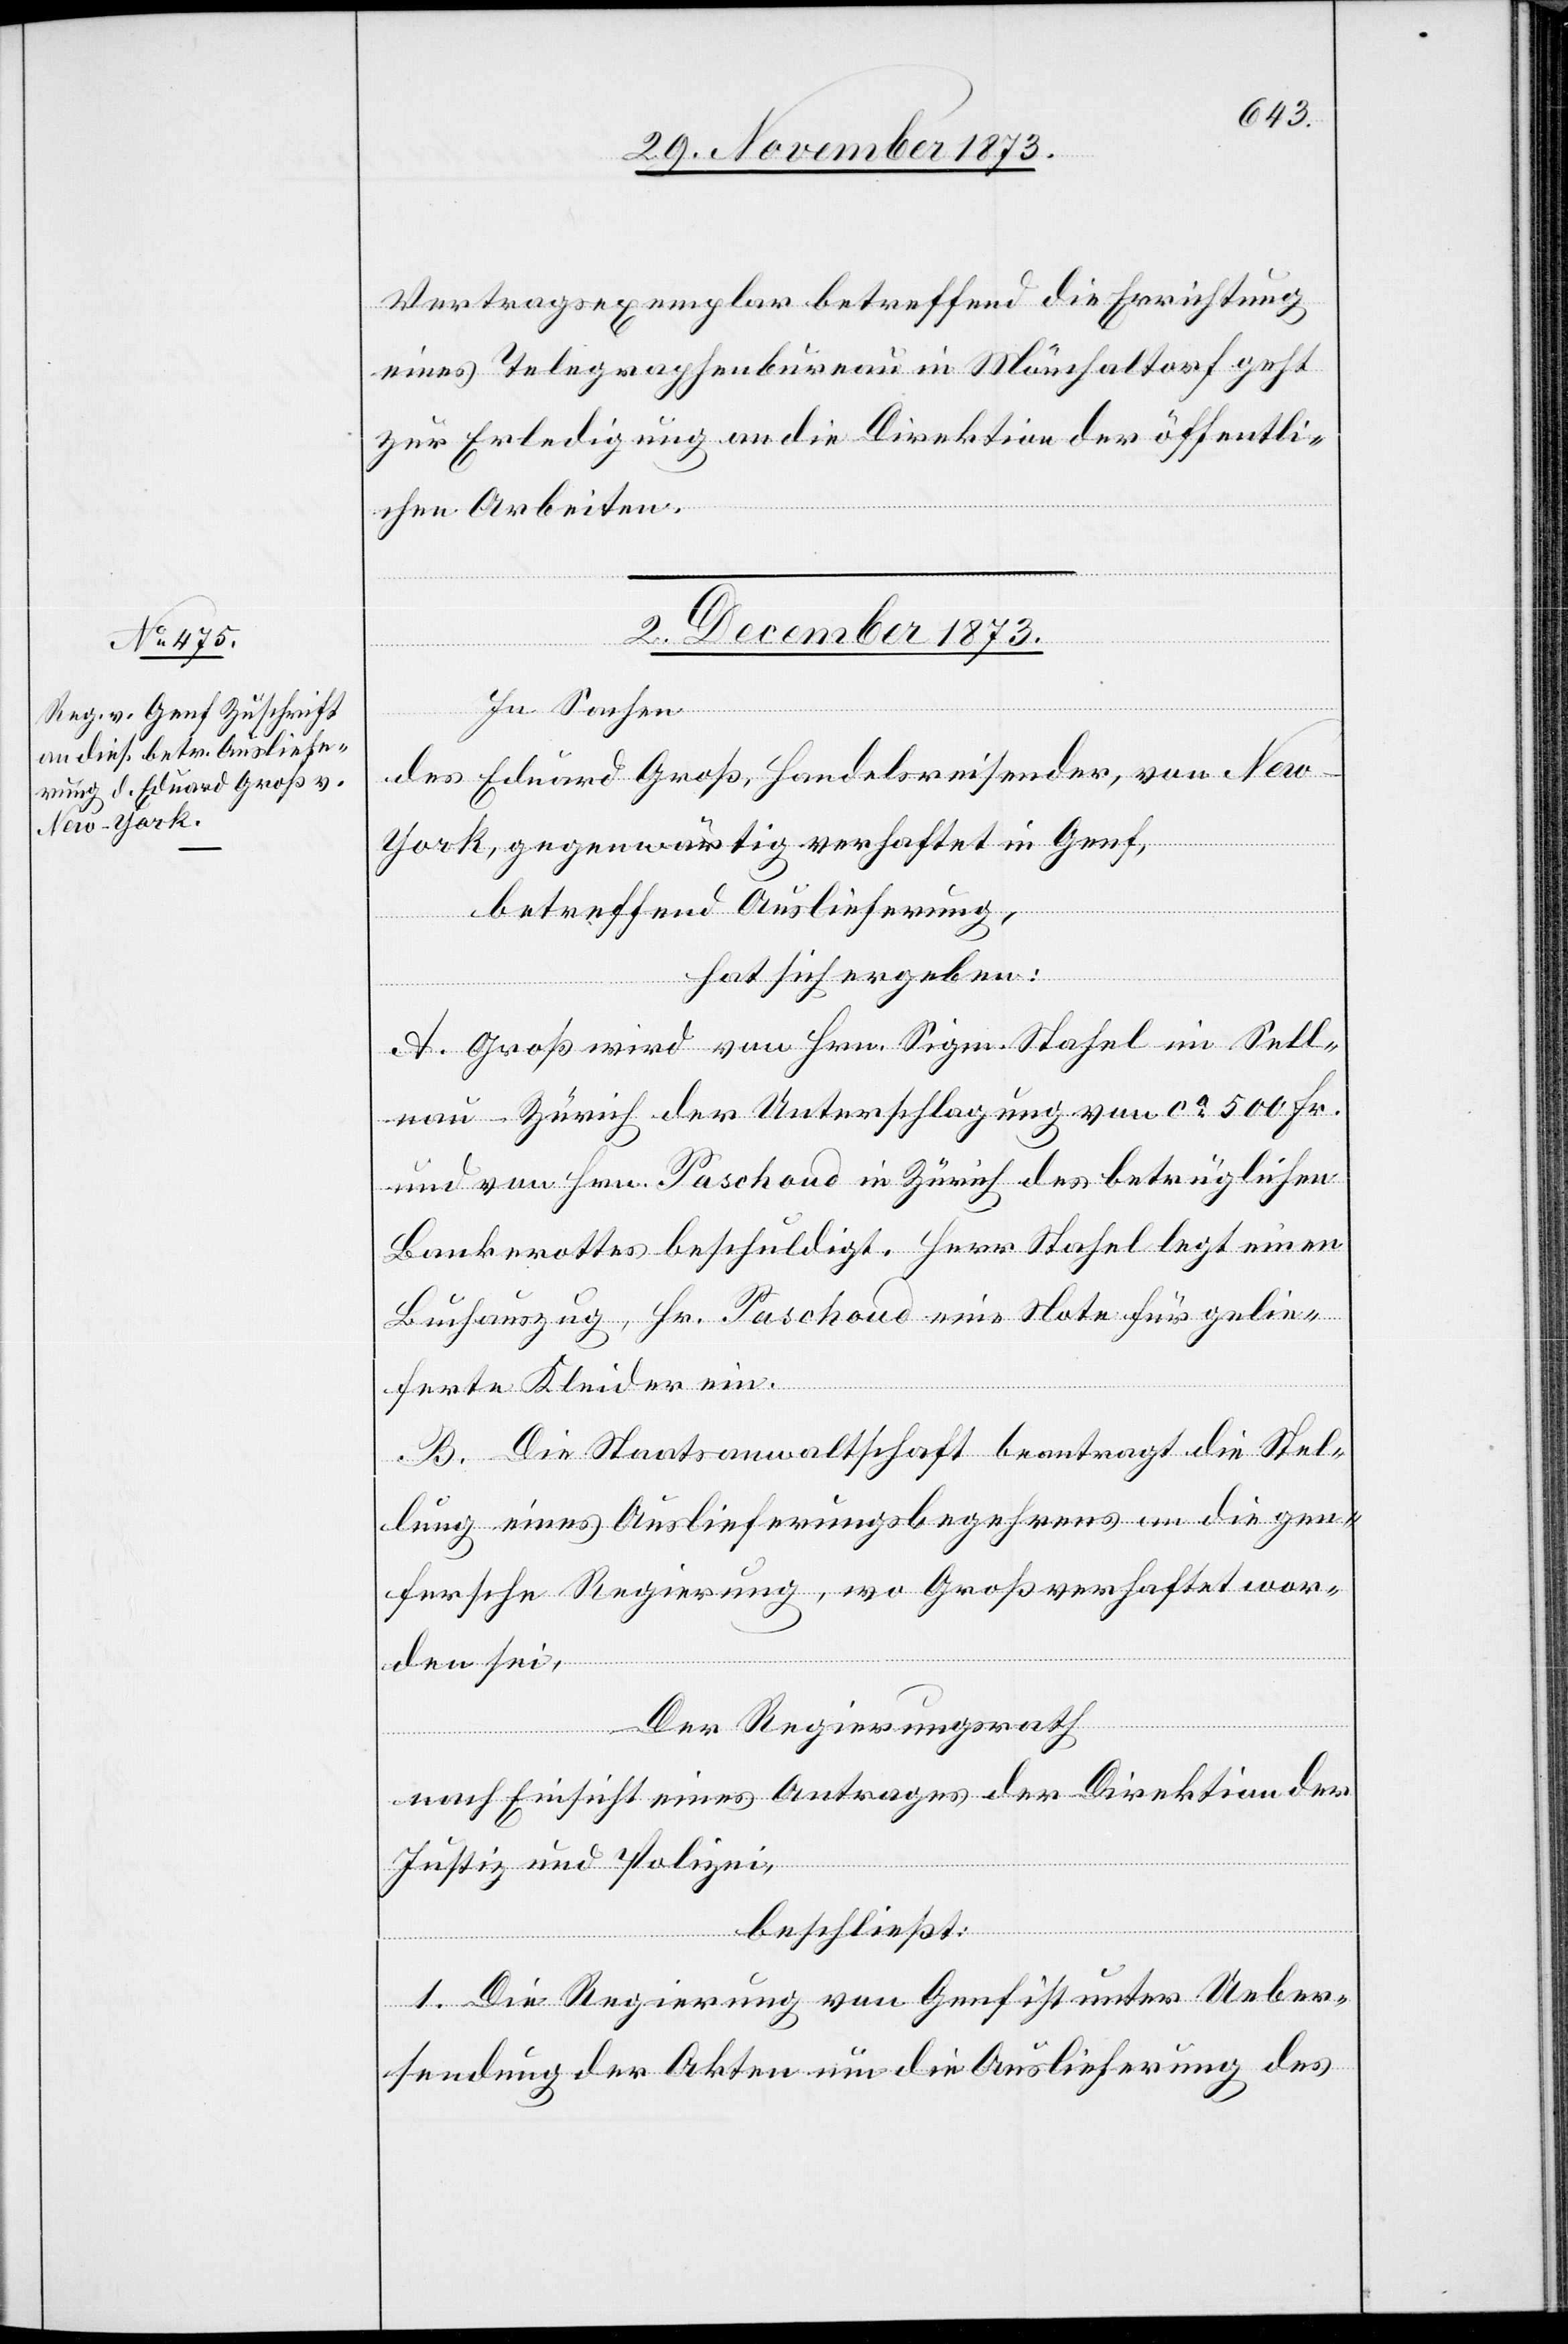
Vertragsexemplar betreffend die Errichtung
eines Telegraphenbureau in Mönchaltorf geht
zur Erledigung an die Direktion der öffentli¬
chen Arbeiten.
2. December 1873.
In Sachen
des Eduard Groß, Handelsreisender, von Ne¬
w-York, gegenwärtig verhaftet in Genf,
betreffend Auslieferung,
hat sich ergeben:
A. Groß wird von Hrn. Sigm. Stahel im Sell¬
nau - Zürich der Unterschlagung von ca 500 Fr.
und von Hrn. Paschoud in Zürich des betrüglichen
Bankerottes beschuldigt. Herr Stahel legt einen
Buchauszug, Hr. Paschoud eine Note für gelie¬
ferte Kleider ein.
B. Die Staatsanwaltschaft beantragt die Stel¬
lung eines Auslieferungsbegehrens an die gen¬
fersche Regierung, wo Groß verhaftet wor¬
den sei,
Der Regierungsrath
nach Einsicht eines Antrages der Direktion der
Justiz und Polizei,
beschließt:
1. Die Regierung von Genf ist unter Ueber¬
sendung der Akten um die Auslieferung des